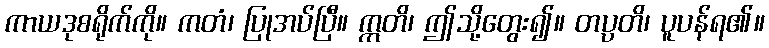
ကာယဒုစရိုက်ကို။ ကတံ၊ ပြုအပ်ပြီ။ ဣတိ၊ ဤသို့တွေး၍။ တပ္ပတိ၊ ပူပန်ရ၏။